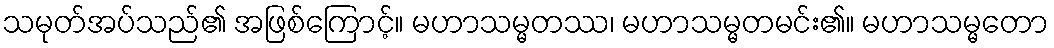
သမုတ်အပ်သည်၏ အဖြစ်ကြောင့်။ မဟာသမ္မတဿ၊ မဟာသမ္မတမင်း၏။ မဟာသမ္မတော